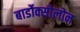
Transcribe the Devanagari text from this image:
बार्डोक्सोलोन